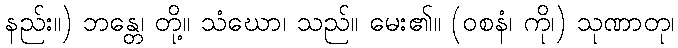
နည်း။) ဘန္တေ၊ တို့။ သံဃော၊ သည်။ မေး၏။ (ဝစနံ၊ ကို၊) သုဏာတု၊